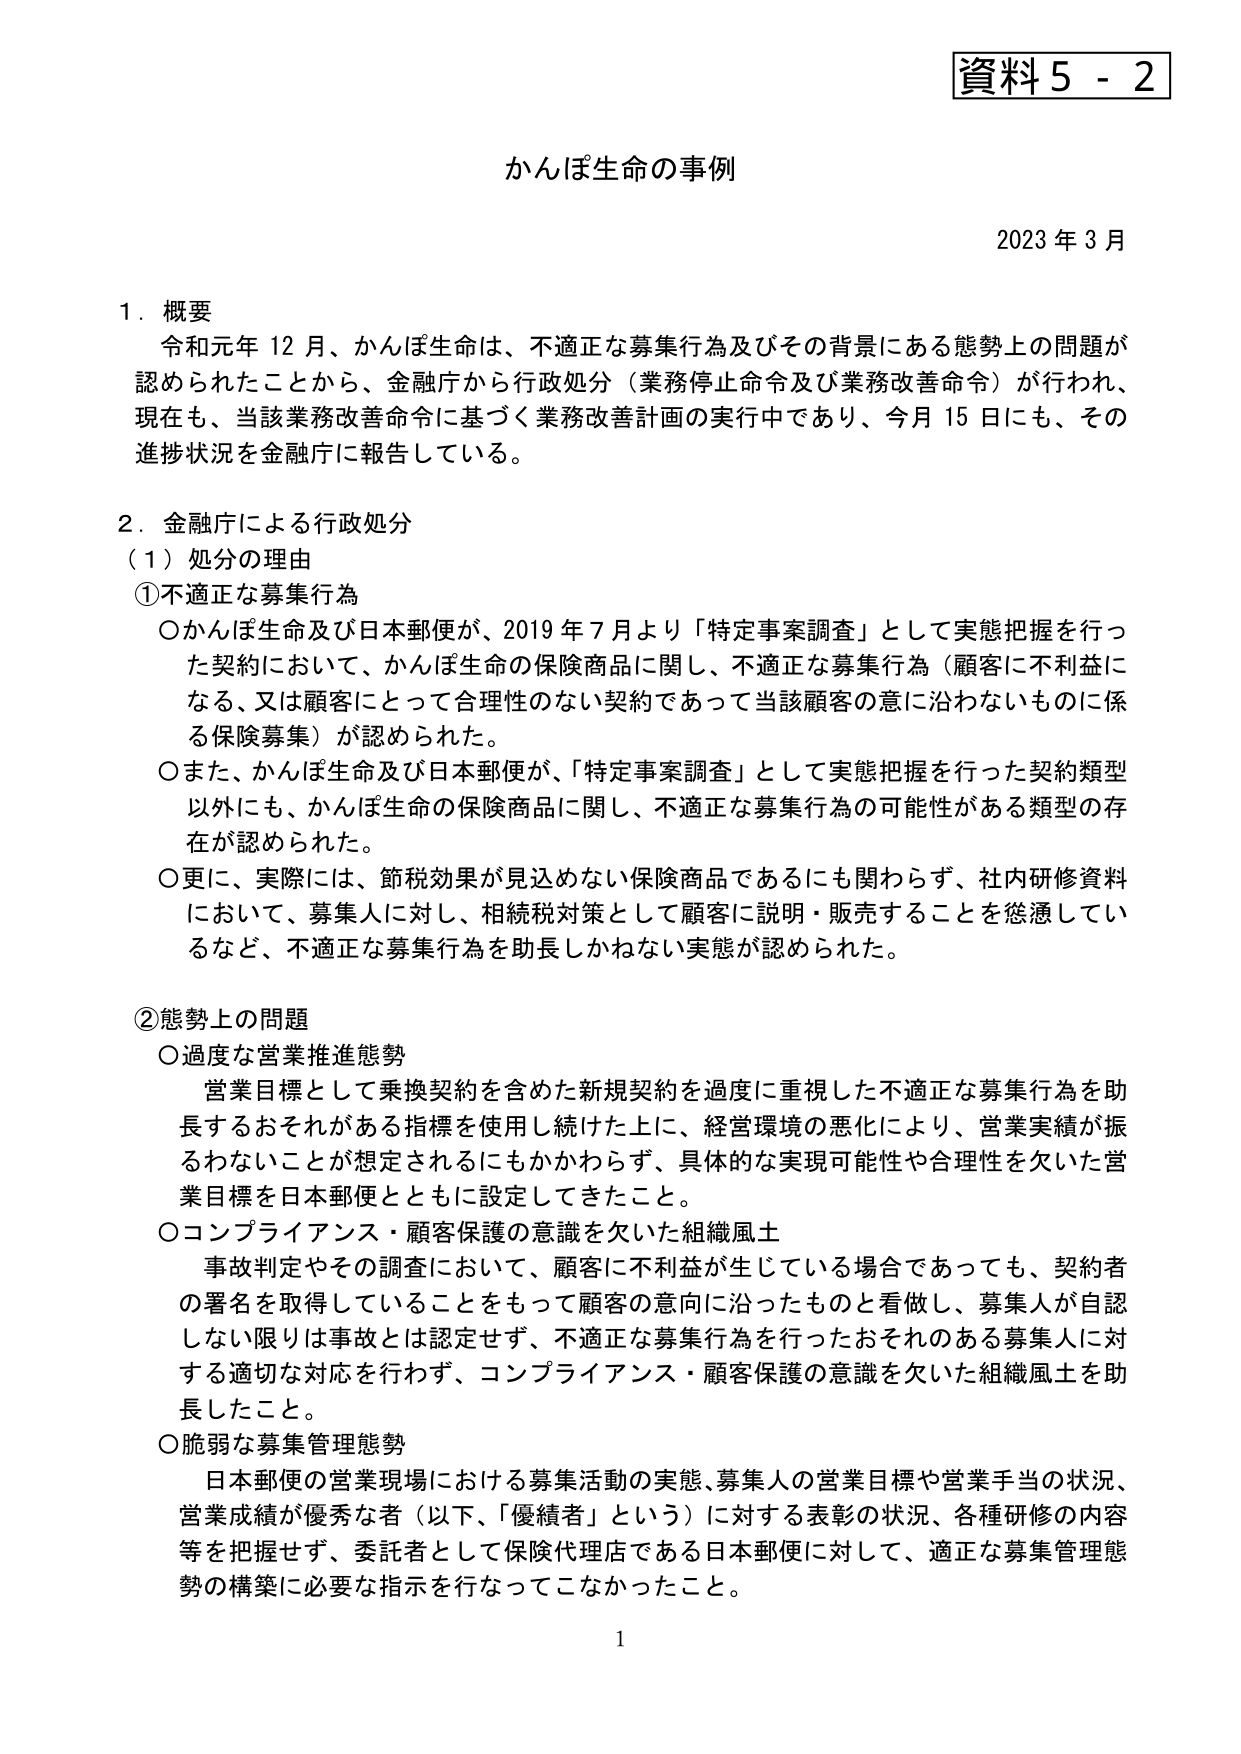
資料５－２

かんぽ生命の事例

2023年3月

１．概要
令和元年12月、かんぽ生命は、不適正な募集行為及びその背景にある態勢上の問題が認められたことから、金融庁から行政処分（業務停止命令及び業務改善命令）が行われ、現在も、当該業務改善命令に基づく業務改善計画の実行中であり、今月15日にも、その進捗状況を金融庁に報告している。

２．金融庁による行政処分
（１）処分の理由
①不適正な募集行為
○かんぽ生命及び日本郵便が、2019年7月より「特定事案調査」として実態把握を行った契約において、かんぽ生命の保険商品に関し、不適正な募集行為（顧客に不利益になる、又は顧客にとって合理性のない契約であって当該顧客の意に沿わないものに係る保険募集）が認められた。
○また、かんぽ生命及び日本郵便が、「特定事案調査」として実態把握を行った契約類型以外にも、かんぽ生命の保険商品に関し、不適正な募集行為の可能性がある類型の存在が認められた。
○更に、実際には、節税効果が見込めない保険商品であるにも関わらず、社内研修資料において、募集人に対し、相続税対策として顧客に説明・販売することを懸濁しているなど、不適正な募集行為を助長しかねない実態が認められた。

②態勢上の問題
○過度な営業推進態勢
営業目標として乗換契約を含めた新規契約を過度に重視した不適正な募集行為を助長するおそれがある指標を使用し続けた上に、経営環境の悪化により、営業実績が振るわないことが想定されるにもかかわらず、具体的な実現可能性や合理性を欠いた営業目標を日本郵便とともに設定してきたこと。
○コンプライアンス・顧客保護の意識を欠いた組織風土
事故判定やその調査において、顧客に不利益が生じている場合であっても、契約者の署名を取得していることをもって顧客の意向に沿ったものと看做し、募集人が自認しない限りは事故とは認定せず、不適正な募集行為を行ったおそれのある募集人に対する適切な対応を行わず、コンプライアンス・顧客保護の意識を欠いた組織風土を助長したこと。
○脆弱な募集管理態勢
日本郵便の営業現場における募集活動の実態、募集人の営業目標や営業手当の状況、営業成績が優秀な者（以下、「優績者」という）に対する表彰の状況、各種研修の内容等を把握せず、委託者として保険代理店である日本郵便に対して、適正な募集管理態勢の構築に必要な指示を行なってこなかったこと。

1